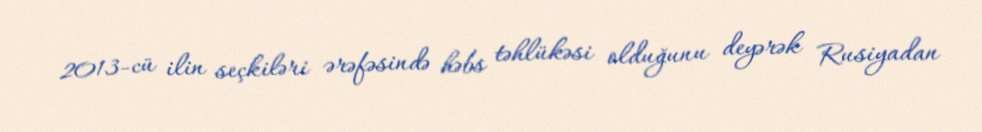
2013-cü ilin seçkiləri ərəfəsində həbs təhlükəsi olduğunu deyərək Rusiyadan